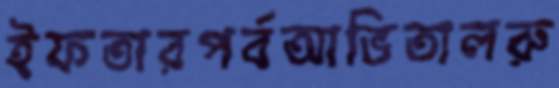
ইফতারপর্বআভিতালরু